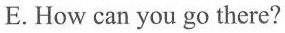
E.How can you go there?